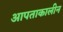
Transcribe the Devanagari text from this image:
आपताकालीन